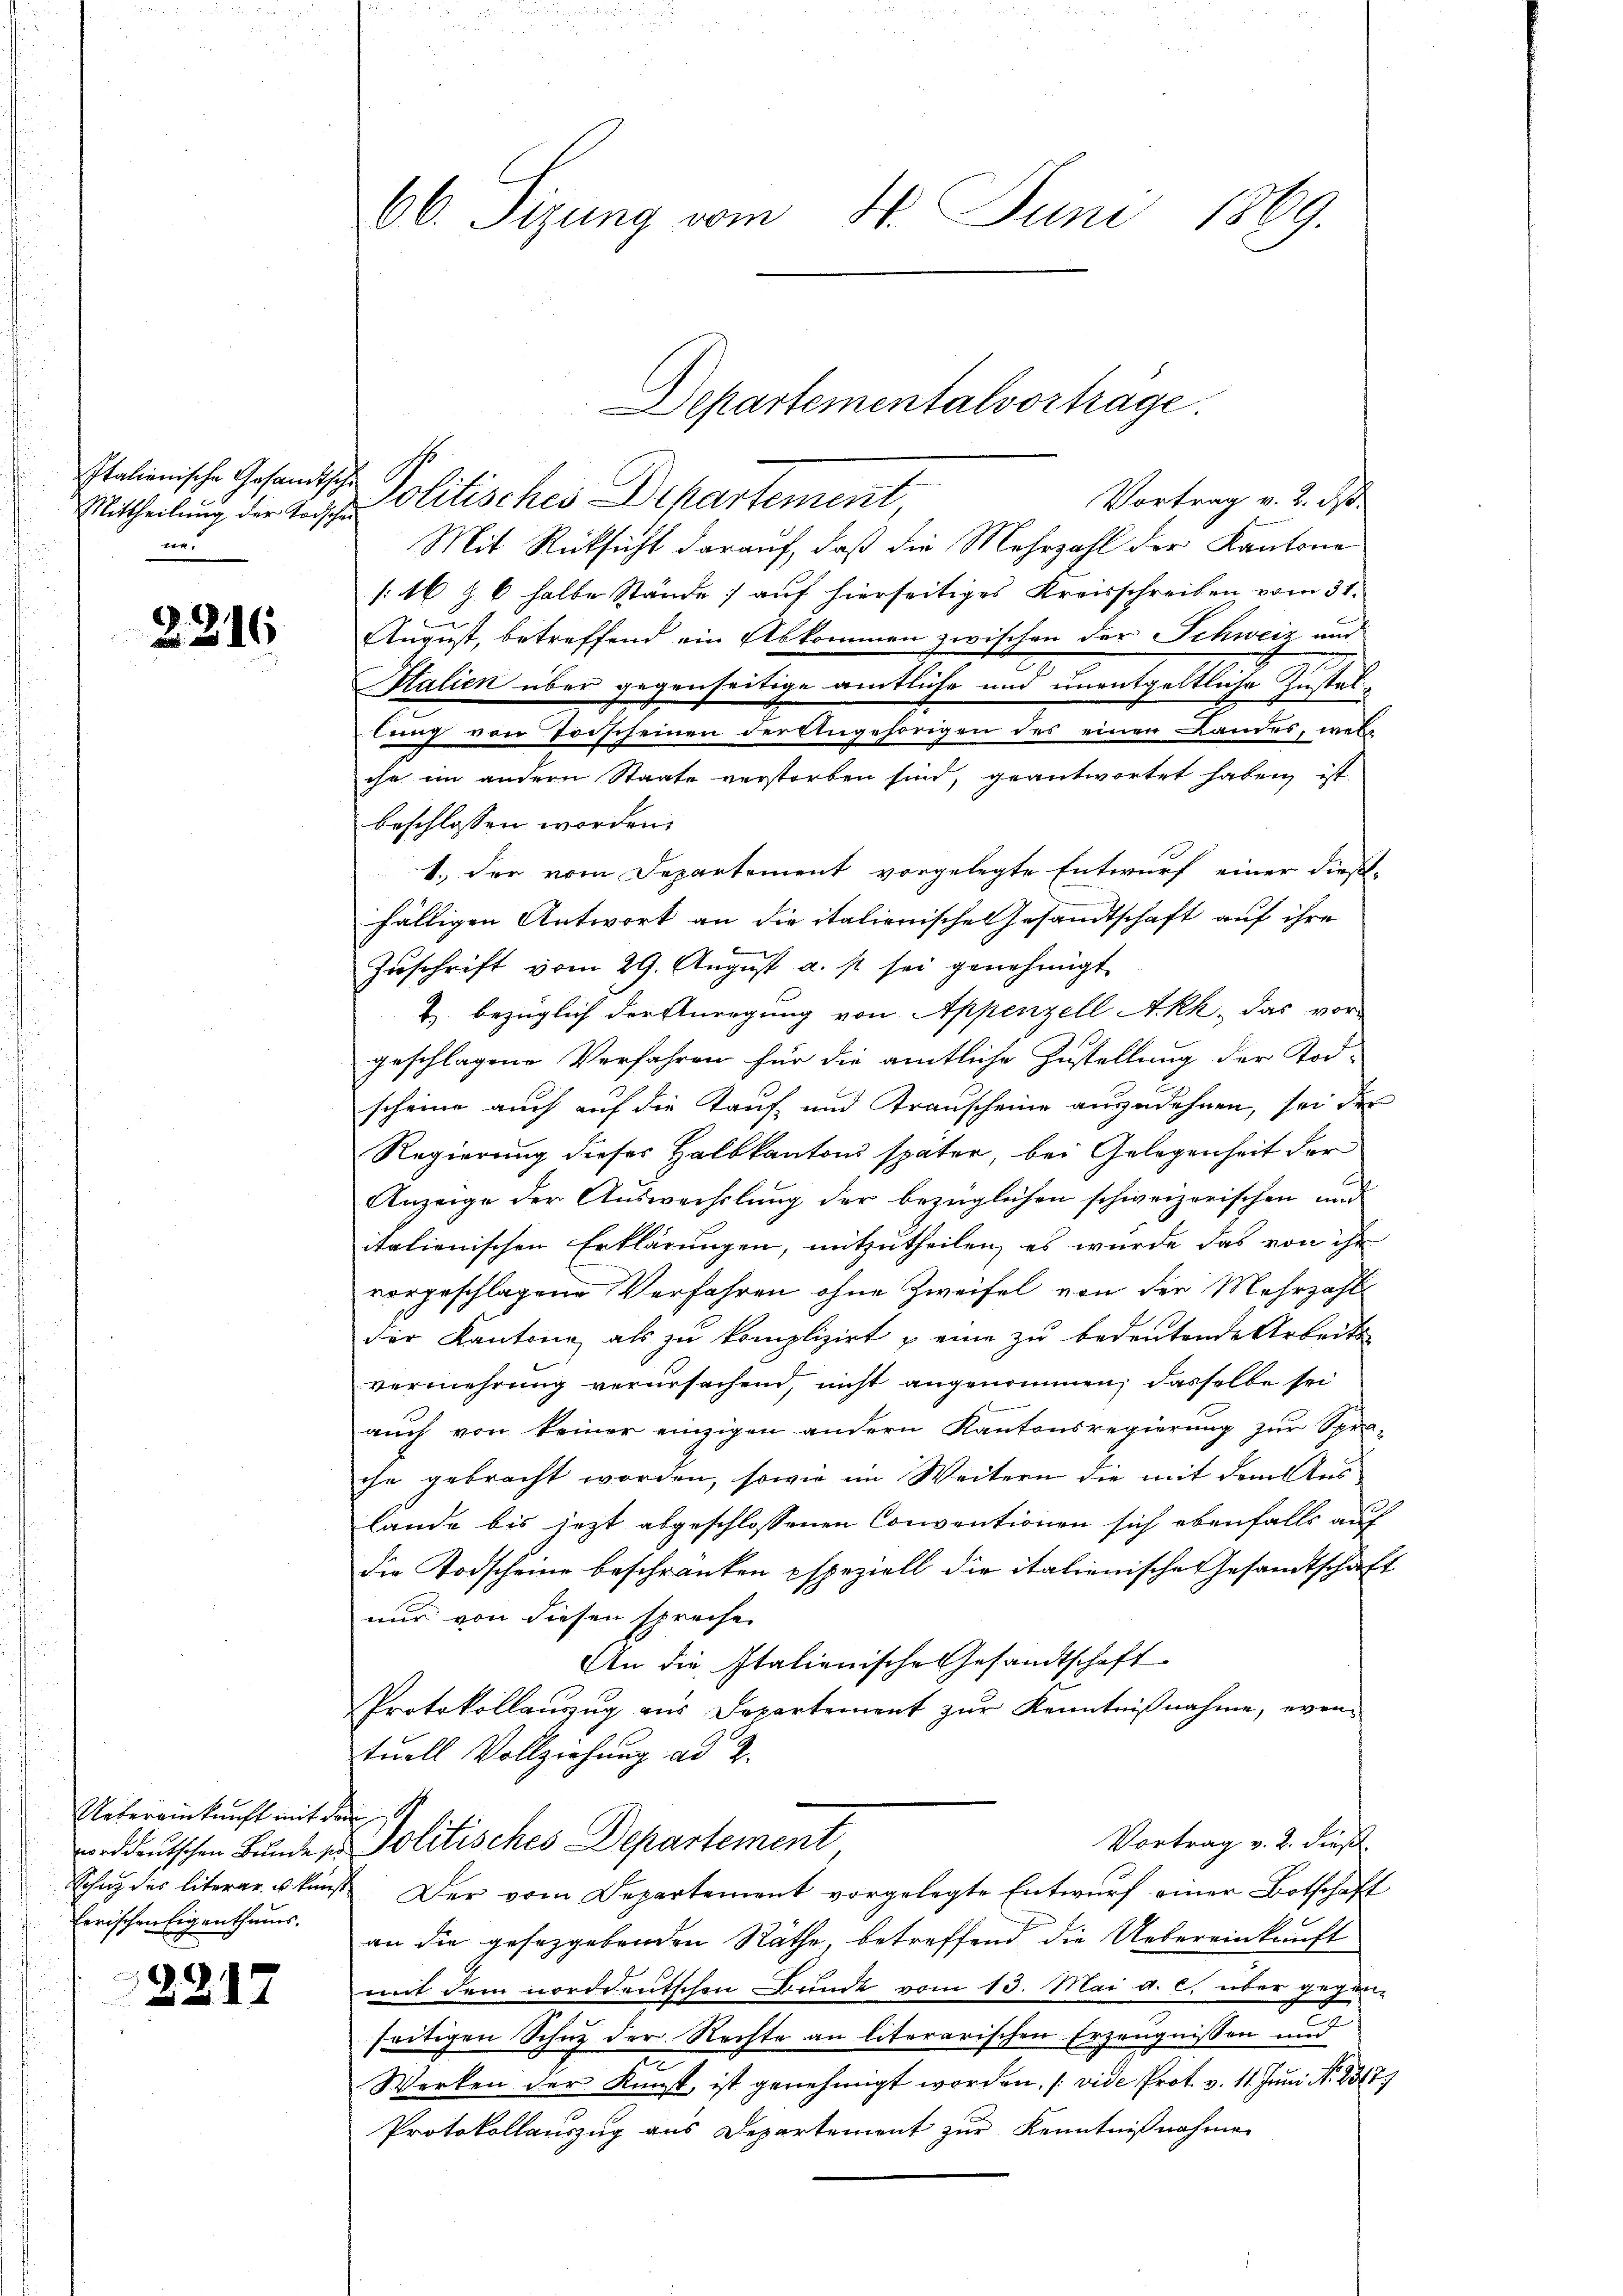
Mittheilung der Todschen
ee.

2216

Uebereinkunft mit den
herischen Eigenthums.

2217

66. Sizung vom 21. Juni 1869.

Italienische Gesandtsche Politisches Departement
Vortrag v. 2. ds.
Mit Rücksicht darauf, daß die Mehrzahl der Kantone
[16 § 6 halbe Stände) auf hierseitiges Kreisschreiben vom 31.
August, betreffend ein Abkommen zwischen der Schweiz und
Italien über gegenseitige amtliche und unentgeltliche Zustallung von Torscheinen der Angehörigen des einen Landes, welche im andern Staate verstorben sind, geantwortet haben, ist
beschlossen worden.
1.) der vom Departement vorgelegte Entwurf einer dieß-
fälligen Antwort an die italienischen Gesandtschaft auf ihre
Zuschrift vom 29. August u. s. sei genehmigt
Z. bezüglich der Anregung von Appenzell Akk, das vor-
geschlagene Verfahren für die amtliche Zustellung der Tod-
scheine auch auf die Kauf und Transcheine anzudehnen, sei der
Regierung dieses Halbkantons später, bei Gelegenheit der
Anzeige der Auswechslung der bezüglichen schweizerischen und
itationischen Erklärungen, mitzutheilen, es wurde das von ihr
vorgeschlagene Verfahren ohne Zweifel von der Mehrzahl
der Kantone, als zu komplizirt & eine zu bedeutende Arbeits-
vermehrung verursachend, nicht angenommen, dasselbe sei
auch von keiner einzigen andern Kantonsregierung zur Spra-
che gebracht worden, sowie im Weitern die mit dem Aus
lande bis jezt abgeschlossenen Conventionen sich ebenfalls auf
die Todscheine beschränken speziell die italienische Gesandtschafnur von diesen spreche
An die Italienische Gesandtschaft
Protokollauszug aus Departement zŭr Kenntniβnahme, eventuell Vollziehung ad 2.
Vortrag v. 2. dieß
orddeutschen Bunde zu Politisches Departement
Schug des literarukunst. Der vom Departement vorgelegte Entwurf einer Botschaft
an die gesetzgebenden Räthe, betreffend die Uebereinkunft
mit dem norddeutschen Bunde vom 13. Mai a. c. über gegen
seitigen Schutz der Rechte an literarischen Erzeugnissen und
Werken der Kunst, ist genehmigt worden. (vide Prot. v. 11. Juni N. 237.
Protokollauszug aus Departement zur Kenntnißnahme

Departementalvortrage.